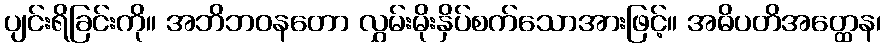
ပျင်းရိခြင်းကို။ အဘိဘဝနတော လွှမ်းမိုးနှိပ်စက်သောအားဖြင့်။ အဓိပတိအတ္ထေန၊